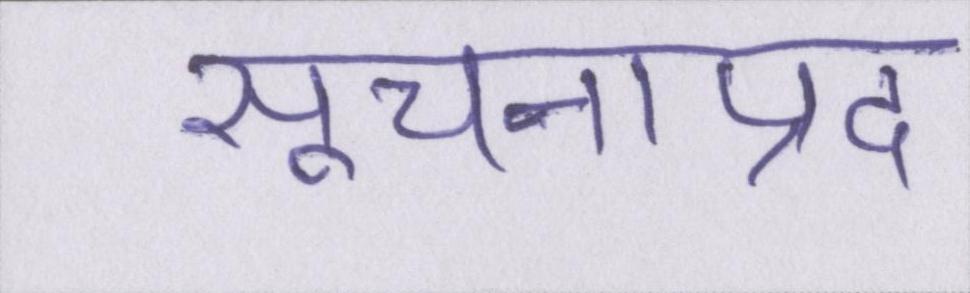
सूचनाप्रद